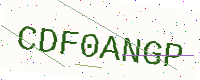
Text: CDF0ANGP